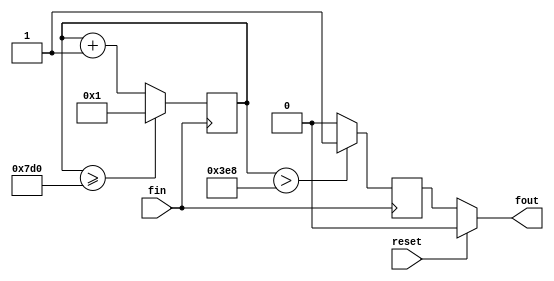
module fDIV2( fin, fout, reset);
input fin, reset;
wire[31:0] Divn;
output fout;
reg fout0;
wire _fout;
wire[31:0] _Divn, ncount;
reg[31:0] count;

//assign Divn = 32'd4;                                  //
assign Divn = 32'd2000;                                 //50MHz25KHz2000
assign _Divn={1'b0,Divn[31:1]};                         // 

always@(posedge fin)                             
	begin 
		count <= ncount;                                  //clk
		fout0 <= _fout;                                   //clk
	end

assign ncount=(count>=Divn)?32'd1:count+1;              //
assign _fout=(count>_Divn)?1'b1:1'b0;                   //10
assign fout=(reset == 1'b1)?1'b0:(Divn<8'd2)?fin:fout0; //

endmodule